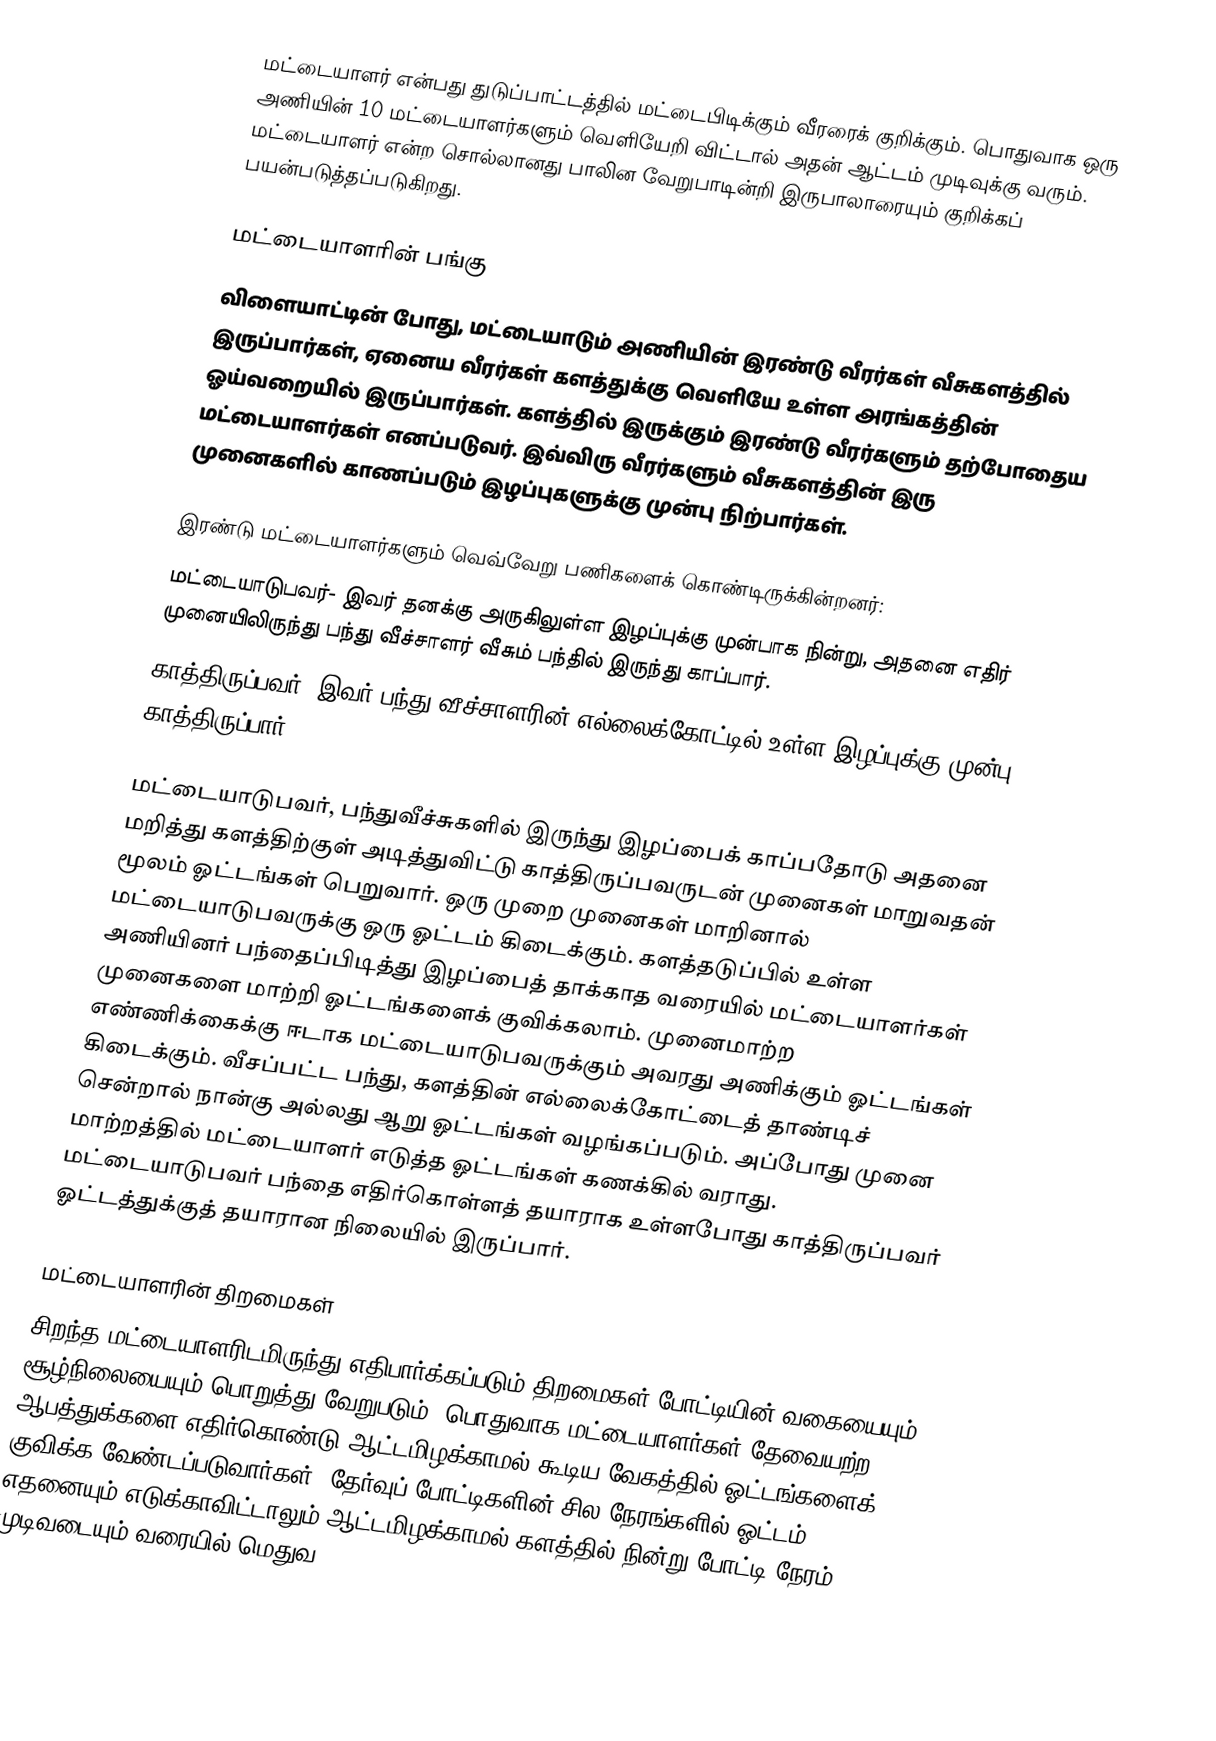
மட்டையாளர் என்பது துடுப்பாட்டத்தில் மட்டைபிடிக்கும் வீரரைக் குறிக்கும். பொதுவாக ஒரு அணியின் 10 மட்டையாளர்களும் வெளியேறி விட்டால் அதன் ஆட்டம் முடிவுக்கு வரும். மட்டையாளர் என்ற சொல்லானது பாலின வேறுபாடின்றி இருபாலாரையும் குறிக்கப் பயன்படுத்தப்படுகிறது.

மட்டையாளரின் பங்கு
விளையாட்டின் போது, மட்டையாடும் அணியின் இரண்டு வீரர்கள் வீசுகளத்தில் இருப்பார்கள், ஏனைய வீரர்கள் களத்துக்கு வெளியே உள்ள அரங்கத்தின் ஓய்வறையில் இருப்பார்கள். களத்தில் இருக்கும் இரண்டு வீரர்களும் தற்போதைய மட்டையாளர்கள் எனப்படுவர். இவ்விரு வீரர்களும் வீசுகளத்தின் இரு முனைகளில் காணப்படும் இழப்புகளுக்கு முன்பு நிற்பார்கள்.

இரண்டு மட்டையாளர்களும் வெவ்வேறு பணிகளைக் கொண்டிருக்கின்றனர்:
 மட்டையாடுபவர்- இவர் தனக்கு அருகிலுள்ள இழப்புக்கு முன்பாக நின்று, அதனை எதிர் முனையிலிருந்து பந்து வீச்சாளர் வீசும் பந்தில் இருந்து காப்பார்.
காத்திருப்பவர்- இவர் பந்து வீச்சாளரின் எல்லைக்கோட்டில் உள்ள இழப்புக்கு முன்பு காத்திருப்பார்.

மட்டையாடுபவர், பந்துவீச்சுகளில் இருந்து இழப்பைக் காப்பதோடு அதனை மறித்து களத்திற்குள் அடித்துவிட்டு காத்திருப்பவருடன் முனைகள் மாறுவதன் மூலம் ஓட்டங்கள் பெறுவார். ஒரு முறை முனைகள் மாறினால் மட்டையாடுபவருக்கு ஒரு ஓட்டம் கிடைக்கும். களத்தடுப்பில் உள்ள அணியினர் பந்தைப்பிடித்து இழப்பைத் தாக்காத வரையில் மட்டையாளர்கள் முனைகளை மாற்றி ஓட்டங்களைக் குவிக்கலாம். முனைமாற்ற எண்ணிக்கைக்கு ஈடாக மட்டையாடுபவருக்கும் அவரது அணிக்கும் ஓட்டங்கள் கிடைக்கும். வீசப்பட்ட பந்து, களத்தின் எல்லைக்கோட்டைத் தாண்டிச் சென்றால் நான்கு அல்லது ஆறு ஓட்டங்கள் வழங்கப்படும். அப்போது முனை மாற்றத்தில் மட்டையாளர் எடுத்த ஓட்டங்கள் கணக்கில் வராது. மட்டையாடுபவர் பந்தை எதிர்கொள்ளத் தயாராக உள்ளபோது காத்திருப்பவர் ஓட்டத்துக்குத் தயாரான நிலையில் இருப்பார்.

மட்டையாளரின் திறமைகள்
சிறந்த மட்டையாளரிடமிருந்து எதிபார்க்கப்படும் திறமைகள் போட்டியின் வகையையும் சூழ்நிலையையும் பொறுத்து வேறுபடும். பொதுவாக மட்டையாளர்கள் தேவையற்ற ஆபத்துக்களை எதிர்கொண்டு ஆட்டமிழக்காமல் கூடிய வேகத்தில் ஓட்டங்களைக் குவிக்க வேண்டப்படுவார்கள். தேர்வுப் போட்டிகளின் சில நேரங்களில் ஓட்டம் எதனையும் எடுக்காவிட்டாலும் ஆட்டமிழக்காமல் களத்தில் நின்று போட்டி நேரம் முடிவடையும் வரையில் மெதுவ